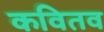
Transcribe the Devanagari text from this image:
कवितव